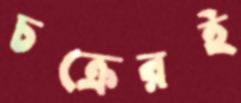
চক্রেরই